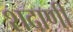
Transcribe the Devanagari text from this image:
शदाणी